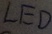
Text: LED